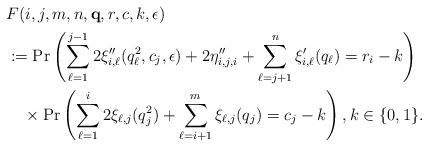
LaTeX: \begin{align*}& F(i,j,m,n,{\bf q}, r, c,k,{\bf \epsilon}) \\ & := \Pr\left( \sum_{\ell=1}^{j-1} 2\xi''_{i,\ell}(q_\ell^2, c_j, \epsilon) + 2\eta''_{i,j,i} + \sum_{\ell=j+1}^{n} \xi'_{i,\ell}(q_\ell) = r_i - k\right) \\ & \ \ \ \times \Pr\left( \sum_{\ell=1}^i 2\xi_{\ell,j}(q_j^2) + \sum_{\ell=i+1}^{m} \xi_{\ell,j}(q_j) = c_j - k\right), k \in \{0,1\}. \\ \end{align*}